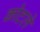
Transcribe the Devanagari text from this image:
कोटले